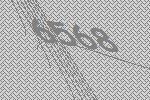
6568